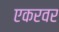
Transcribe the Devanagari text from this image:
एकरवर